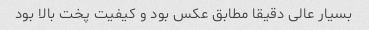
بسیار عالی دقیقا مطابق عکس بود و کیفیت پخت بالا بود